Mental hospitals Bombay report 1921-28 - 1921-1928
Year: 1921
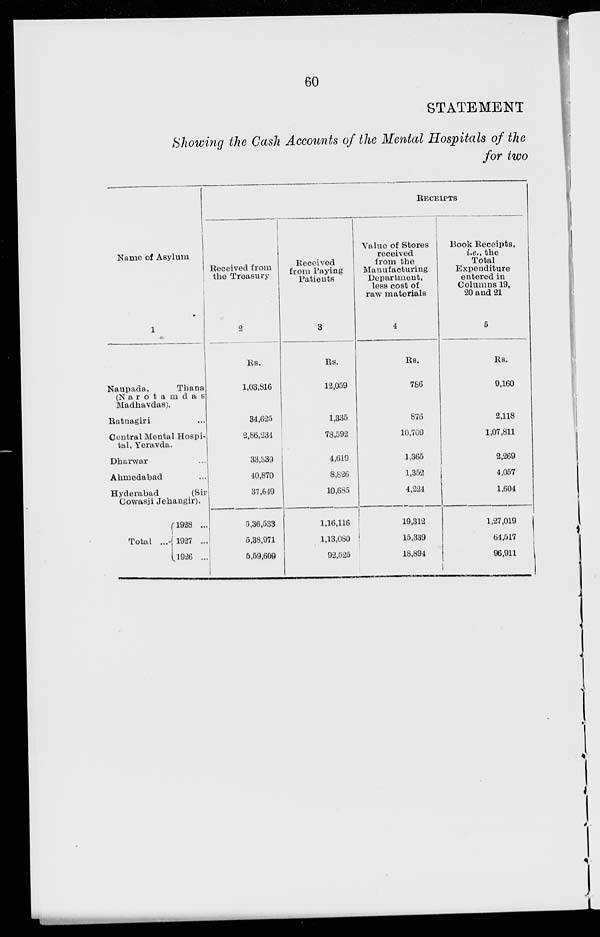
60
STATEMENT
Showing the Cash Accounts of the Mental Hospitals of the
for two
Name of Asylum
1
Naupada,
Thana
(Narotamdas
Madhavdas).
Ratnagiri ...
Central Mental Hospi-
tal, Yeravda.
Dharwar ...
Abmedabad ...
Hyderabad
(Sir
Cowasji Jehangir).
Total ...
1928 ...
1927 ...
1926 ...
RECEIPTS
Received from
the Treasury
2
Rs.
1,03,816
34,625
2,86,234
33,339
40,870
37,649
5,36,533
5,38,971
5,59,609
Received
from Paying
Patients
3
Rs.
12,059
1,335
78,592
4,619
8,826
10,685
1,16,116
1,13,080
92,525
Value of Stores
received
from the
Manufacturing
Department,
less cost of
raw materials
4
Rs.
786
876
10,709
1,365
1,352
4,224
19,312
15,339
18,894
Book Receipts,
i.e., the
Total
Expenditure
entered in
Columns 19,
20 and 21
5
Rs.
9,160
2,118
1,07,811
2,269
4,057
1,604
1,27,019
64,517
96,911